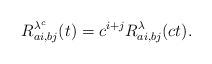
LaTeX: \begin{align*}R^{\lambda^{c}}_{ai,bj}(t) = c^{i+j} R^\lambda_{ai,bj}(ct).\end{align*}